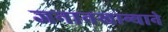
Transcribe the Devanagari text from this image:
जनानखान्याने